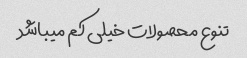
تنوع محصولات خیلی کم میباشد